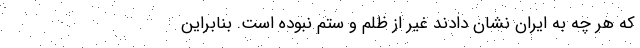
که هر چه به ایران نشان دادند غیر از ظلم و ستم نبوده است. بنابراین